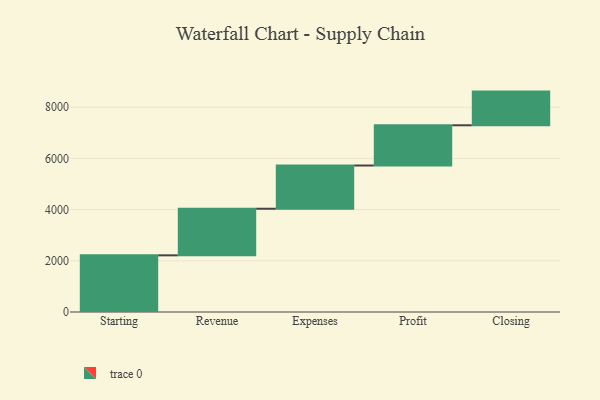
{"axis": {"x": "Step", "y": "Value"}, "legend": [""], "data": [{"x": "Starting", "y": 2214.0, "type": ""}, {"x": "Revenue", "y": 1821.0, "type": ""}, {"x": "Expenses", "y": 1689.0, "type": ""}, {"x": "Profit", "y": 1572.0, "type": ""}, {"x": "Closing", "y": 1316.0, "type": ""}]}